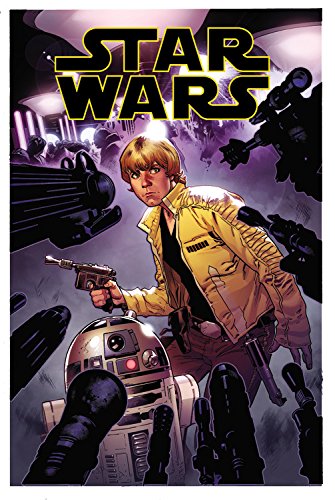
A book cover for Star Wars Vol. 2: Showdown on Smugglers Moon; Jason Aaron; Comics & Graphic Novels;